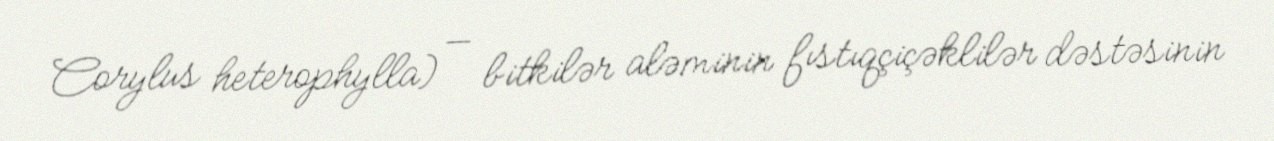
Corylus heterophylla) — bitkilər aləminin fıstıqçiçəklilər dəstəsinin